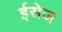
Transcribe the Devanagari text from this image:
ईसेज